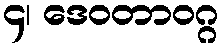
၄၊ ဒေဝတာဝဂ္ဂ